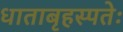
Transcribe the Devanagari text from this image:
धाताबृहस्पतेः